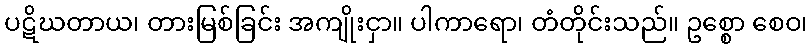
ပဋိဃတာယ၊ တားမြစ်ခြင်း အကျိုးငှာ။ ပါကာရော၊ တံတိုင်းသည်။ ဥစ္စော စေဝ၊